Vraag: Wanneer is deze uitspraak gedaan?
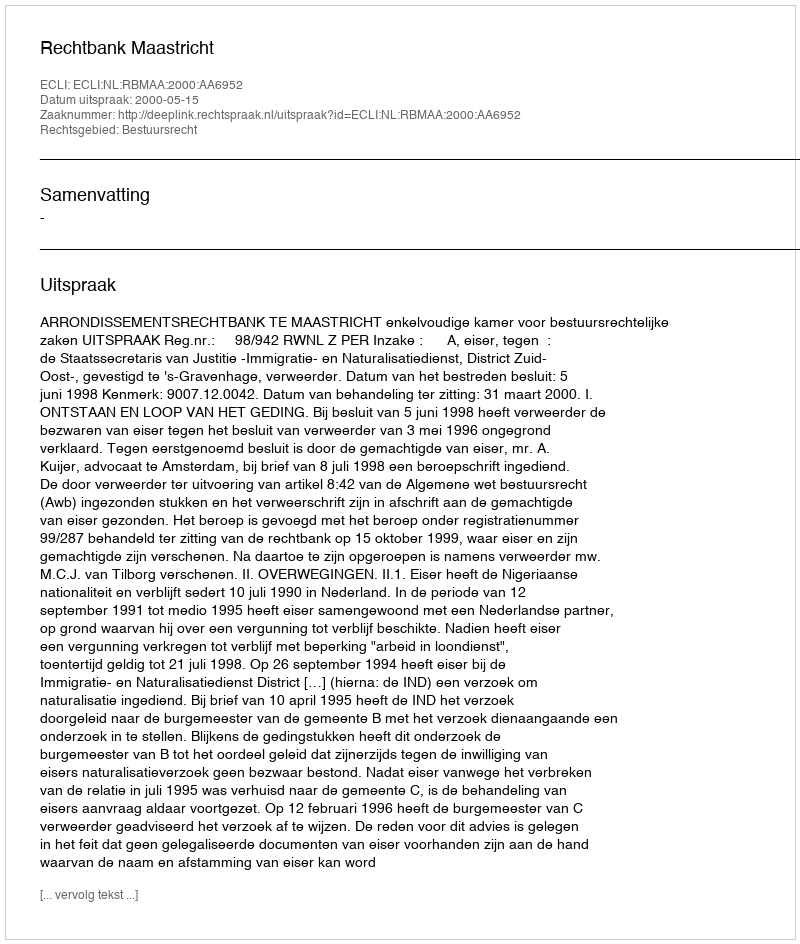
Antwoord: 2000-05-15